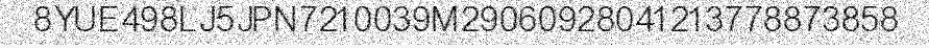
8YUE498LJ5JPN7210039M29060928041213778873858